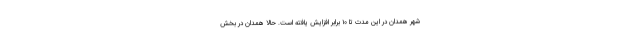
شهر همدان در این مدت تا ۱۰ برابر افزایش یافته است. حالا همدان در بخش